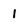
Character: 1